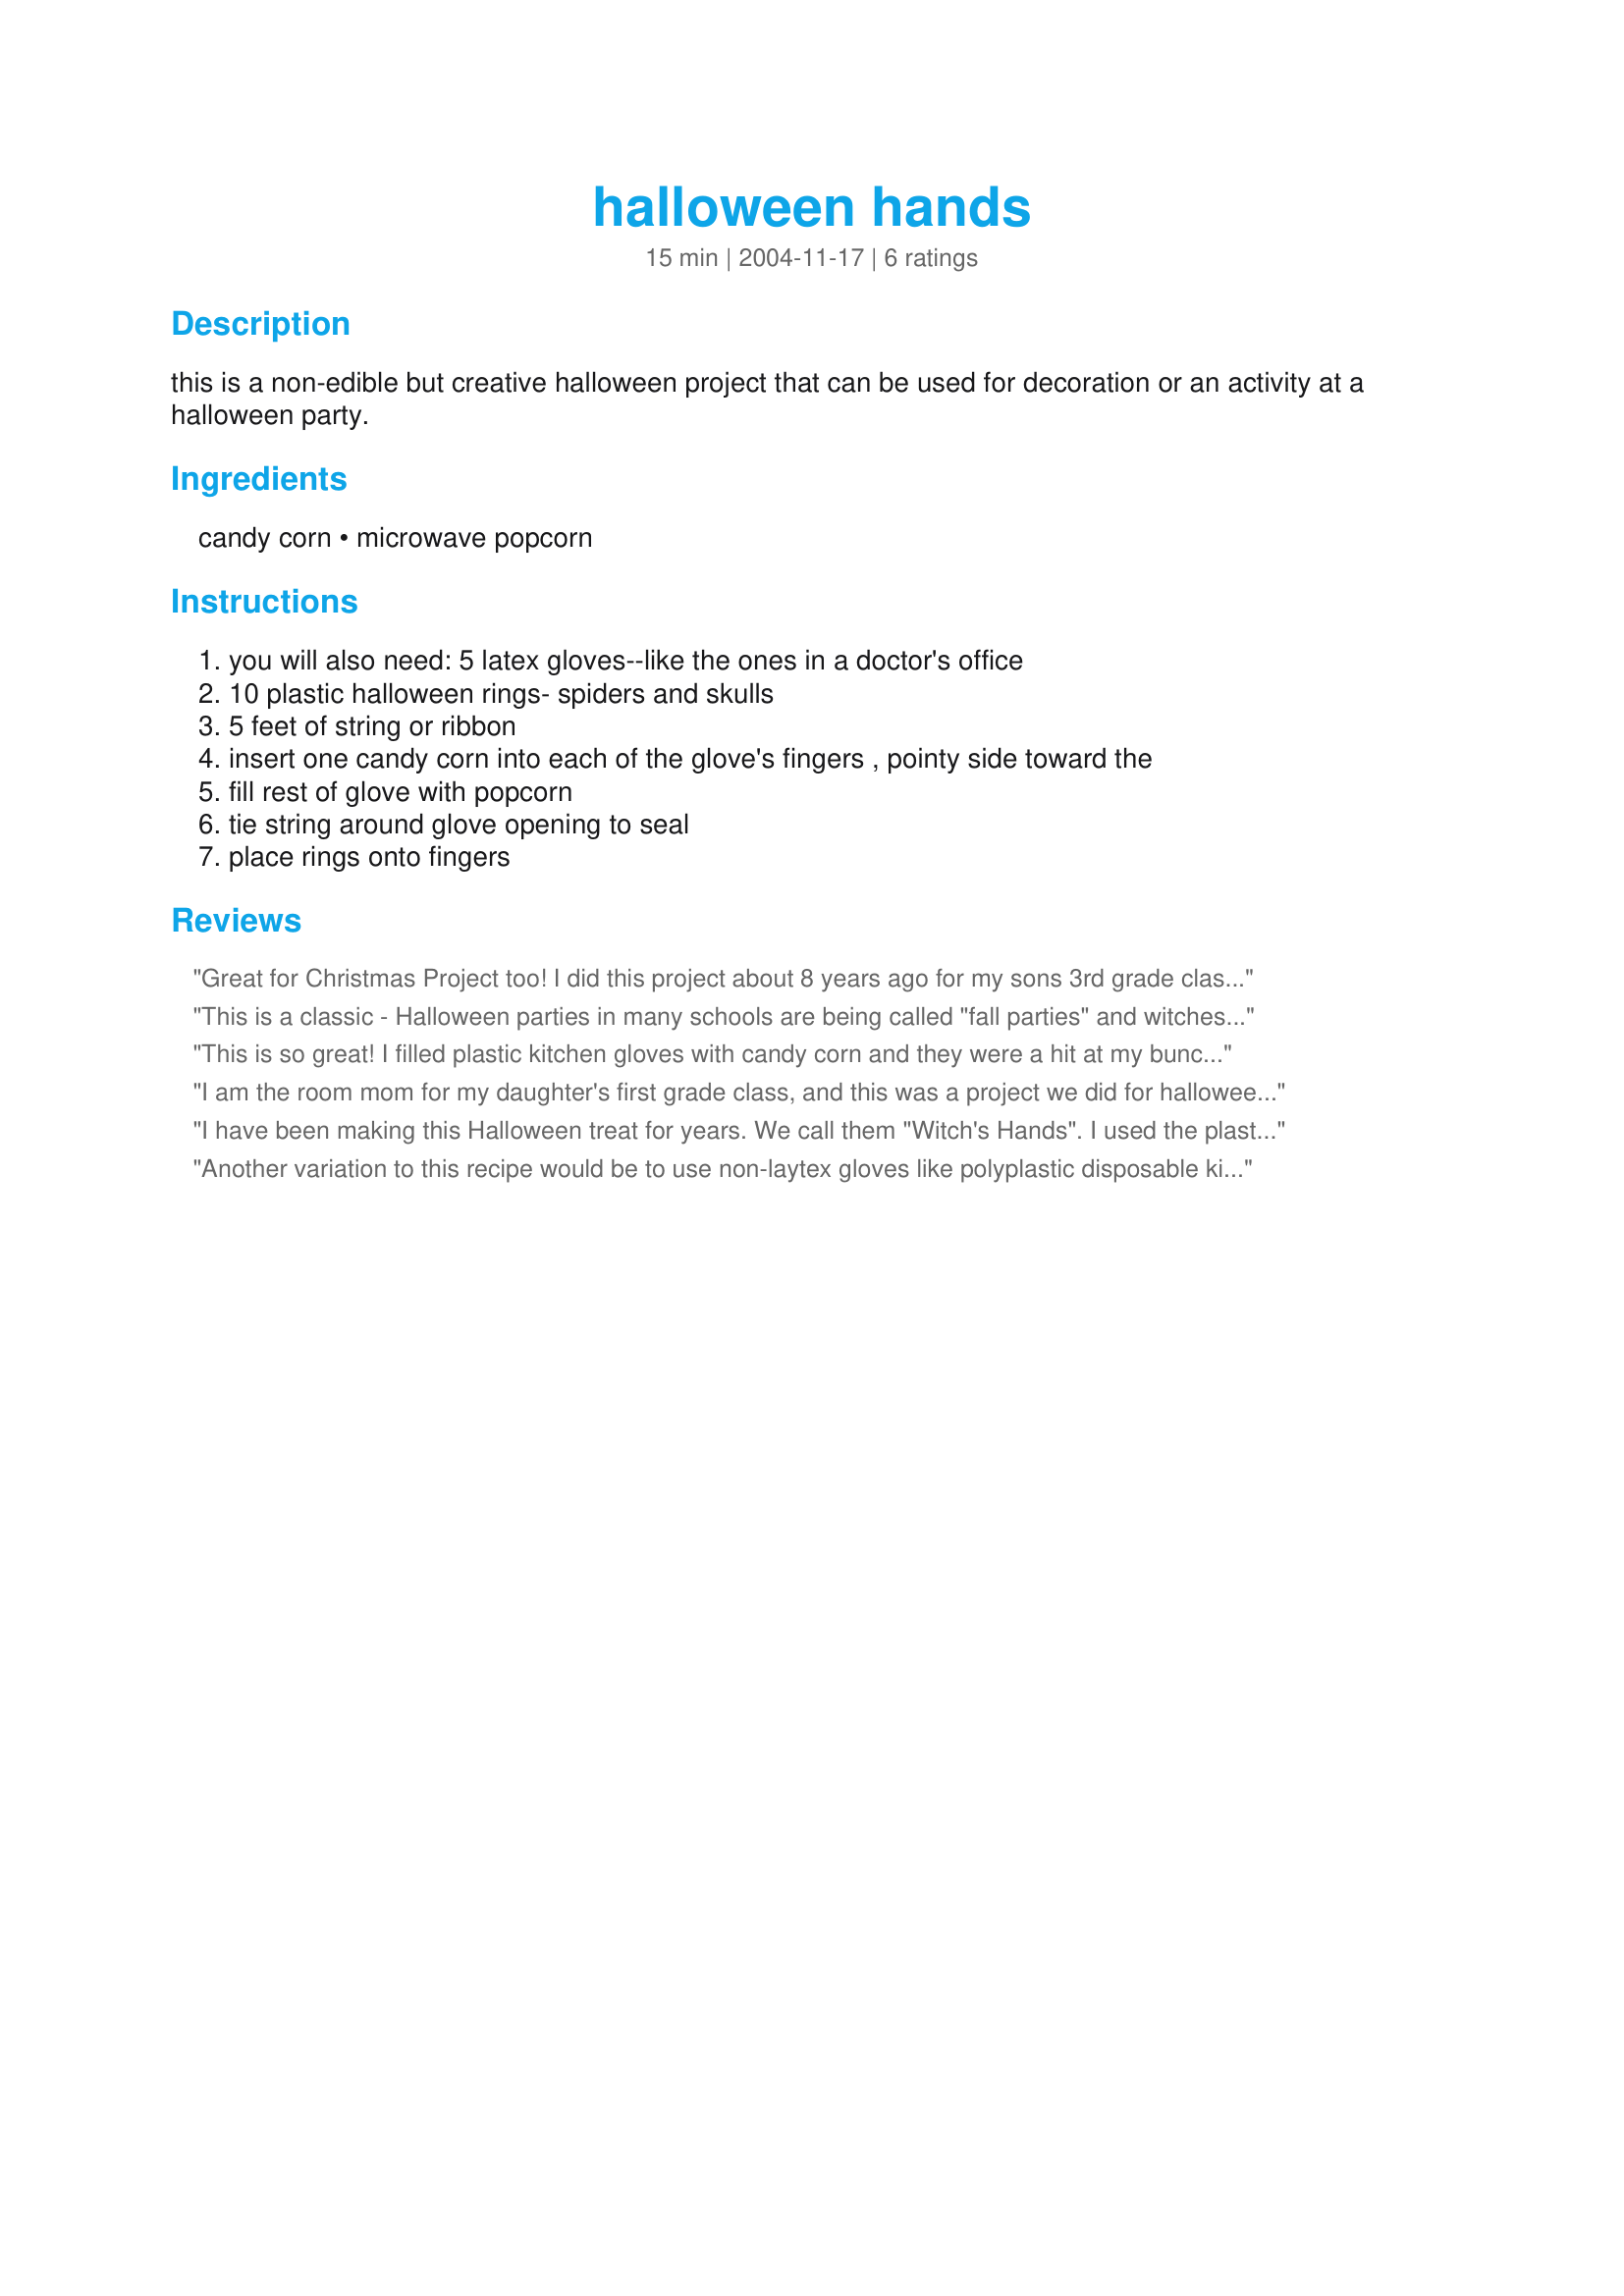
halloween hands
Preparation time: 15 minutes

this is a non-edible but creative halloween project that can be used for decoration or an activity at a halloween party.

Ingredients:
candy corn, microwave popcorn

Steps:
you will also need: 5 latex gloves--like the ones in a doctor's office, 10 plastic halloween rings- spiders and skulls, 5 feet of string or ribbon, insert one candy corn into each of the glove's fingers , pointy side toward the, fill rest of glove with popcorn, tie string around glove opening to seal, place rings onto fingers

Reviews:
Great for Christmas Project too! I did this project about 8 years ago for my sons 3rd grade class Christmas Party and substituted the candy corn with red and green M&M's and added red ribbon for "Santa's Helper Hands".
It was a great fun idea!
This is a classic - Halloween parties in many schools are being called "fall parties" and witches and scary things are frowned apon so as not to disturb certain individuals- sooo- when planning a my daughters kindergarten room party- we called these "scare crow hands" and tied them off with straw like raffia!!! Worked great with our fall on the farm theme.
This is so great! I filled plastic kitchen gloves with candy corn and they were a hit at my bunco party! It cracked up all the adults! And they all wore their spider rings! Thanks for the fun idea!
I am the room mom for my daughter's first grade class, and this was a project we did for halloween! The kids loved them! They are so fun to make and so cute!!
the kids also loved eating them ;-)
Thank you for sharing!!!
I have been making this Halloween treat for years. We call them "Witch's Hands". I used the plastic gloves (100 for $1) at any local dollar store. In the past I have used candy corns, skittles and M&M's for the finger tips. Last year I mixed up the popcorn, skittles and M&M's and made Goblin Hands! The kids loved them! What a fun and unique halloween treat!
Another variation to this recipe would be to use non-laytex gloves like polyplastic disposable kitchen gloves, in which the treat would be eddible. My kids like this recipe they enjoyed eating popcorn and then in the finger tips we used the colored candy corns.
